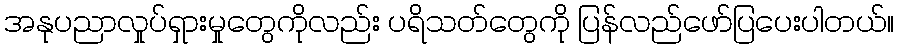
အနုပညာလှုပ်ရှားမှုတွေကိုလည်း ပရိသတ်တွေကို ပြန်လည်ဖော်ပြပေးပါတယ်။